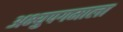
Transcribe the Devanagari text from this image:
अभ्युपगमाला